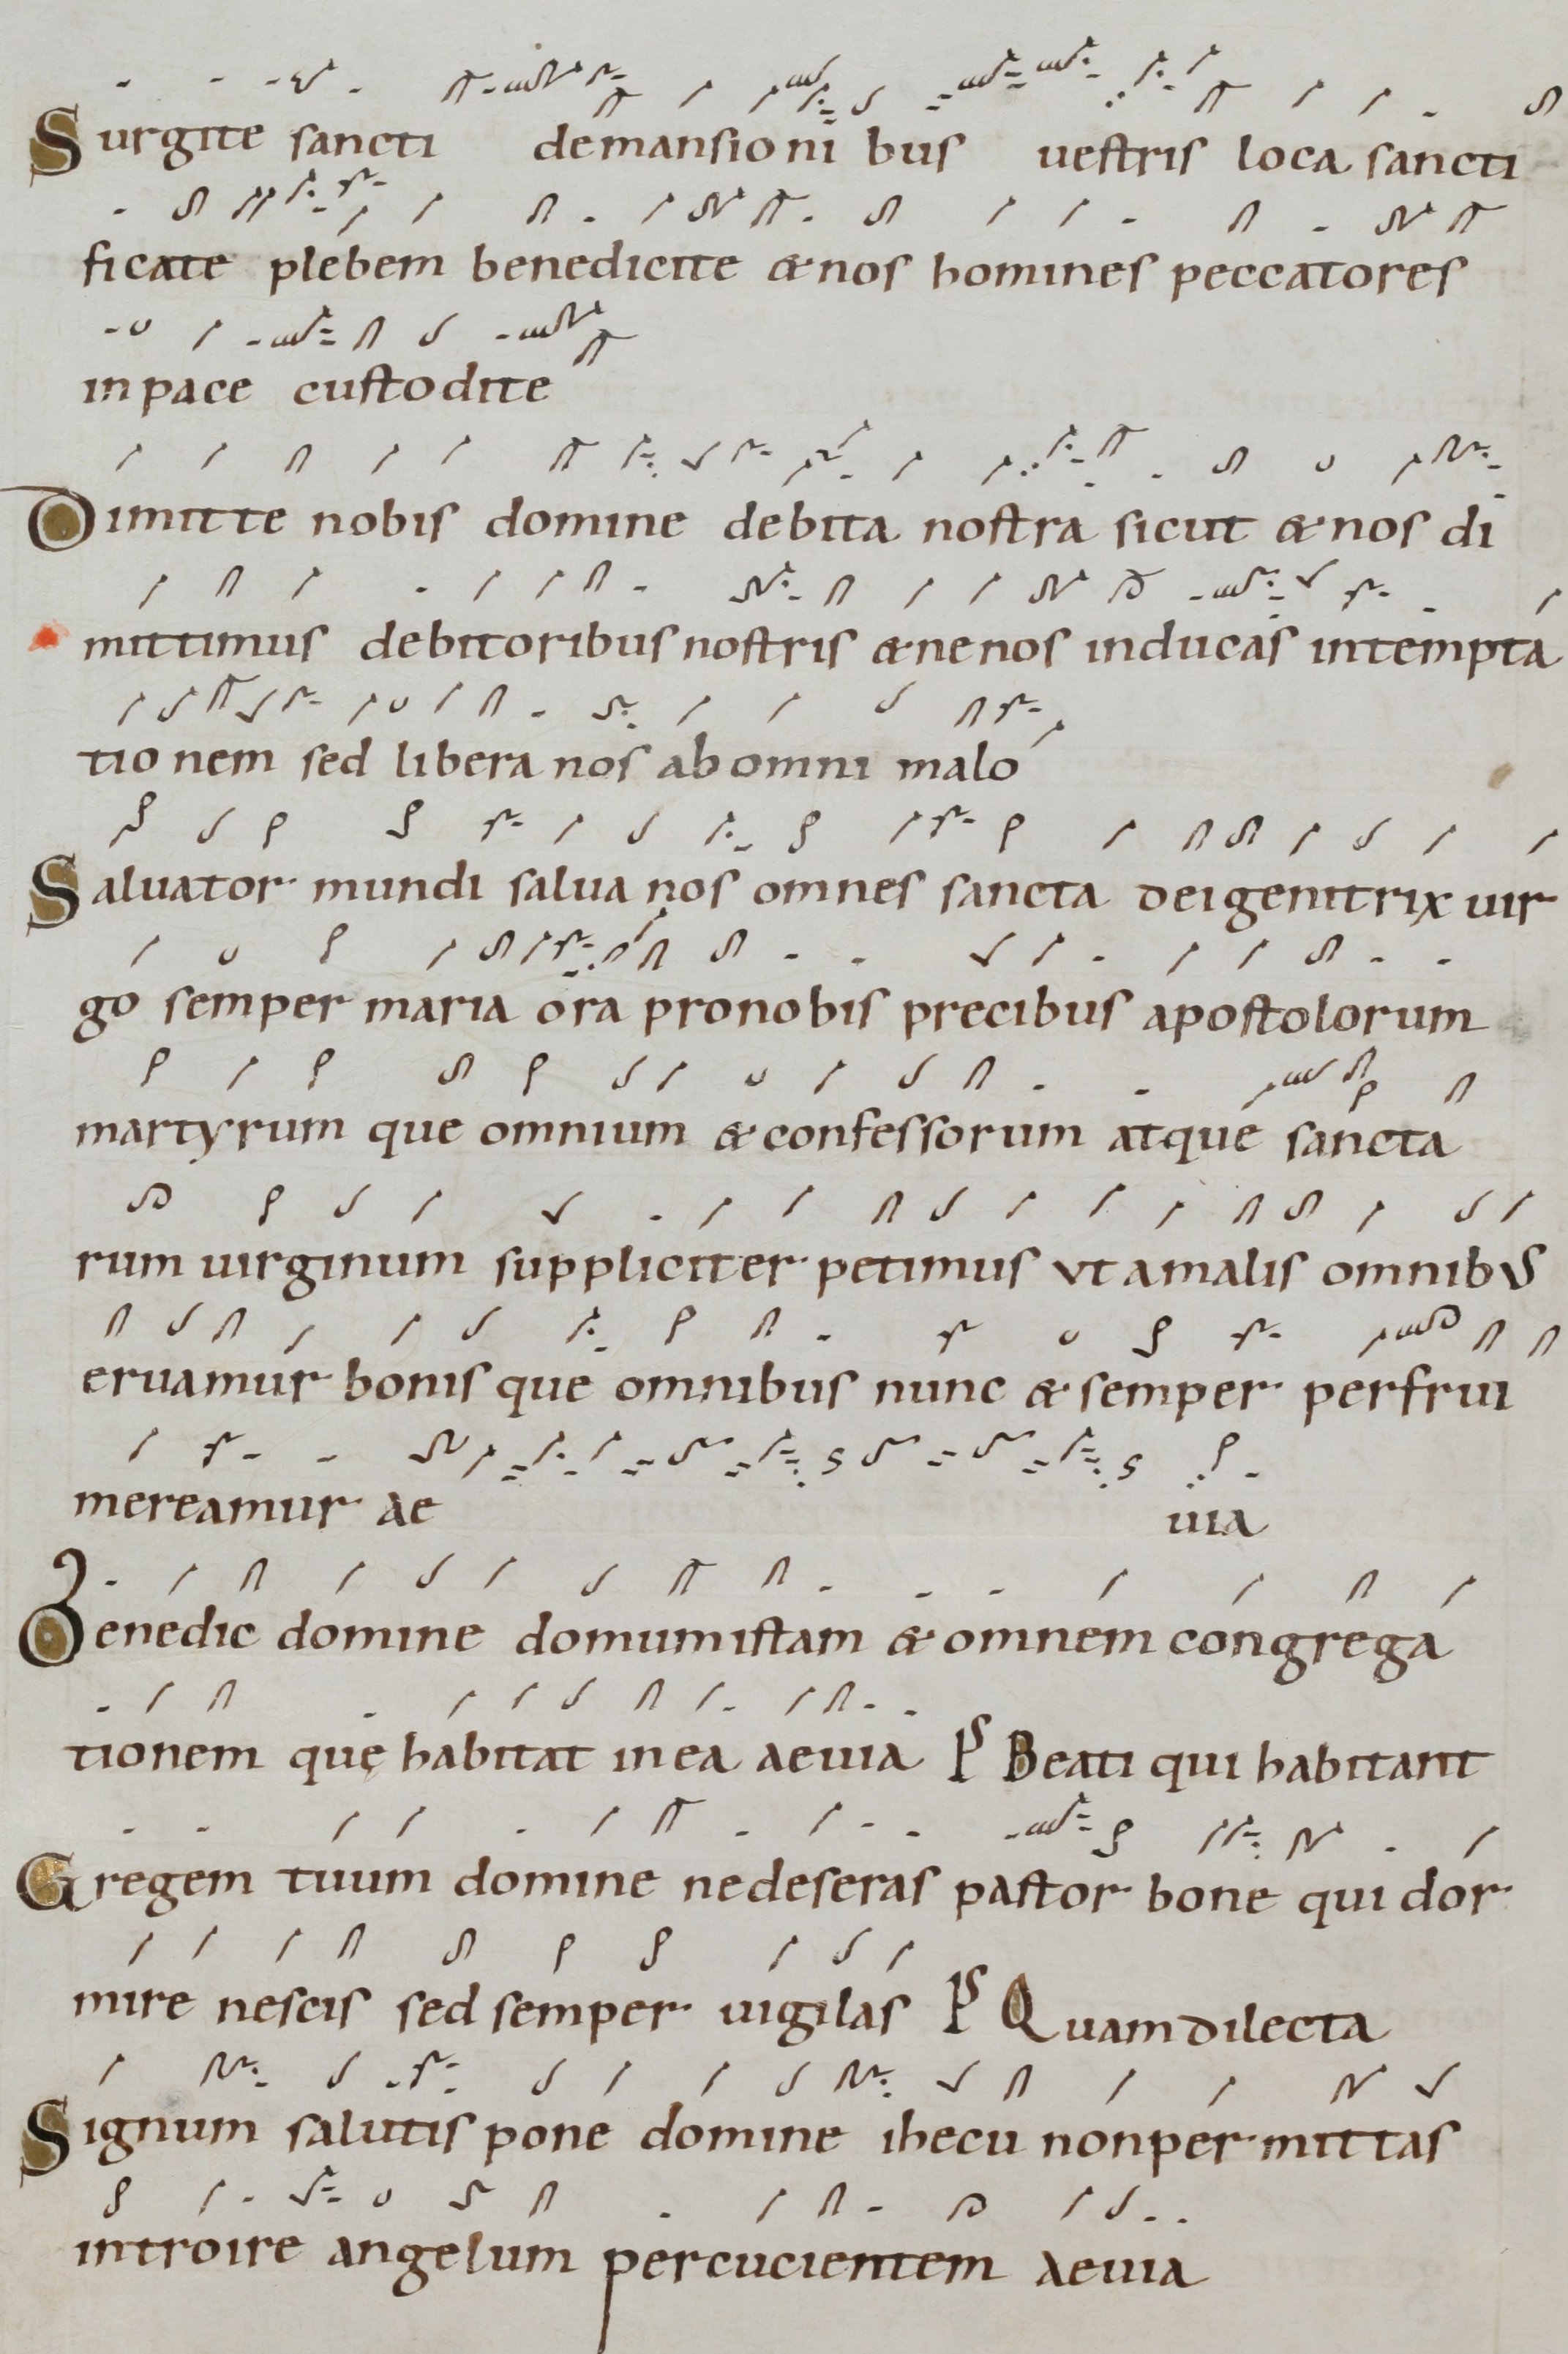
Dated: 1000–1099